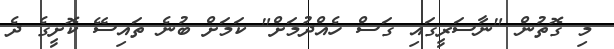
މި ގޮތުން "ނާސަރީގައި ގަސް ހެއްދުމަށް" ކަމަށް ބުނެ ތައިސޭ ކޮށީގެ ދެ